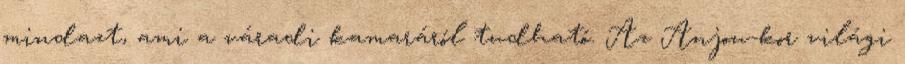
mindazt, ami a váradi kamaráról tudható. Az Anjou-kor világi